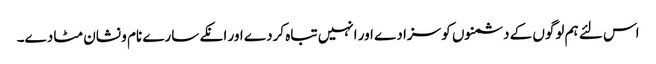
اس لئے ہم لوگوں کے دشمنوں کو سزا دے اور انہیں تباہ کردے اور انکے سارے نام و نشان مٹا دے۔